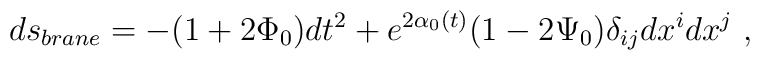
ds_{brane}=-(1+2 \Phi_0) dt^2+e^{2\alpha_0(t)}(1-2 \Psi_0) \delta_{ij} dx^i dx^j   \ ,